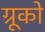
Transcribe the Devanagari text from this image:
ग्रूको